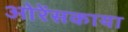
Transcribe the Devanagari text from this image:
ओरेंसकाया